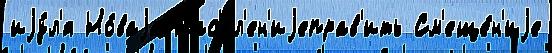
иjу́л'я Но́ваjа Нас'ел'ен'иjеправ'ить См'еще́н'иjе